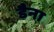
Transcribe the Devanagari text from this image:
डैना